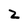
Character: 2